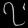
Digit: ၇